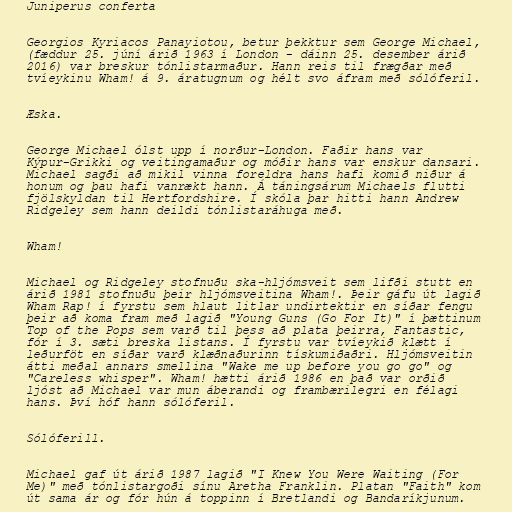
Juniperus conferta

Georgios Kyriacos Panayiotou, betur þekktur sem George Michael,
(fæddur 25. júní árið 1963 í London - dáinn 25. desember árið
2016) var breskur tónlistarmaður. Hann reis til frægðar með
tvíeykinu Wham! á 9. áratugnum og hélt svo áfram með sólóferil.

Æska.

George Michael ólst upp í norður-London. Faðir hans var
Kýpur-Grikki og veitingamaður og móðir hans var enskur dansari.
Michael sagði að mikil vinna foreldra hans hafi komið niður á
honum og þau hafi vanrækt hann. Á táningsárum Michaels flutti
fjölskyldan til Hertfordshire. Í skóla þar hitti hann Andrew
Ridgeley sem hann deildi tónlistaráhuga með.

Wham!

Michael og Ridgeley stofnuðu ska-hljómsveit sem lifði stutt en
árið 1981 stofnuðu þeir hljómsveitina Wham!. Þeir gáfu út lagið
Wham Rap! í fyrstu sem hlaut litlar undirtektir en síðar fengu
þeir að koma fram með lagið "Young Guns (Go For It)" í þættinum
Top of the Pops sem varð til þess að plata þeirra, Fantastic,
fór í 3. sæti breska listans. Í fyrstu var tvíeykið klætt í
leðurföt en síðar varð klæðnaðurinn tískumiðaðri. Hljómsveitin
átti meðal annars smellina "Wake me up before you go go" og
"Careless whisper". Wham! hætti árið 1986 en það var orðið
ljóst að Michael var mun áberandi og frambærilegri en félagi
hans. Því hóf hann sólóferil.

Sólóferill.

Michael gaf út árið 1987 lagið "I Knew You Were Waiting (For
Me)" með tónlistargoði sínu Aretha Franklin. Platan "Faith" kom
út sama ár og fór hún á toppinn í Bretlandi og Bandaríkjunum.